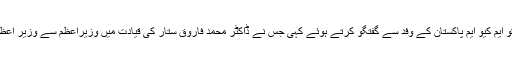
انہوں نے یہ بات بدھ کو ایم کیو ایم پاکستان کے وفد سے گفتگو کرتے ہوئے کہی جس نے ڈاکٹر محمد فاروق ستار کی قیادت میں وزیراعظم سے وزیرِ اعظم آفس میں ملاقات کی۔